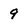
Character: 9